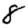
Digit: 8